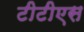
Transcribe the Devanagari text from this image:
टीटीएस